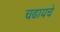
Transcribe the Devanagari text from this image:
चढायचे